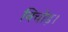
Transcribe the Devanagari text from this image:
निचोड़।